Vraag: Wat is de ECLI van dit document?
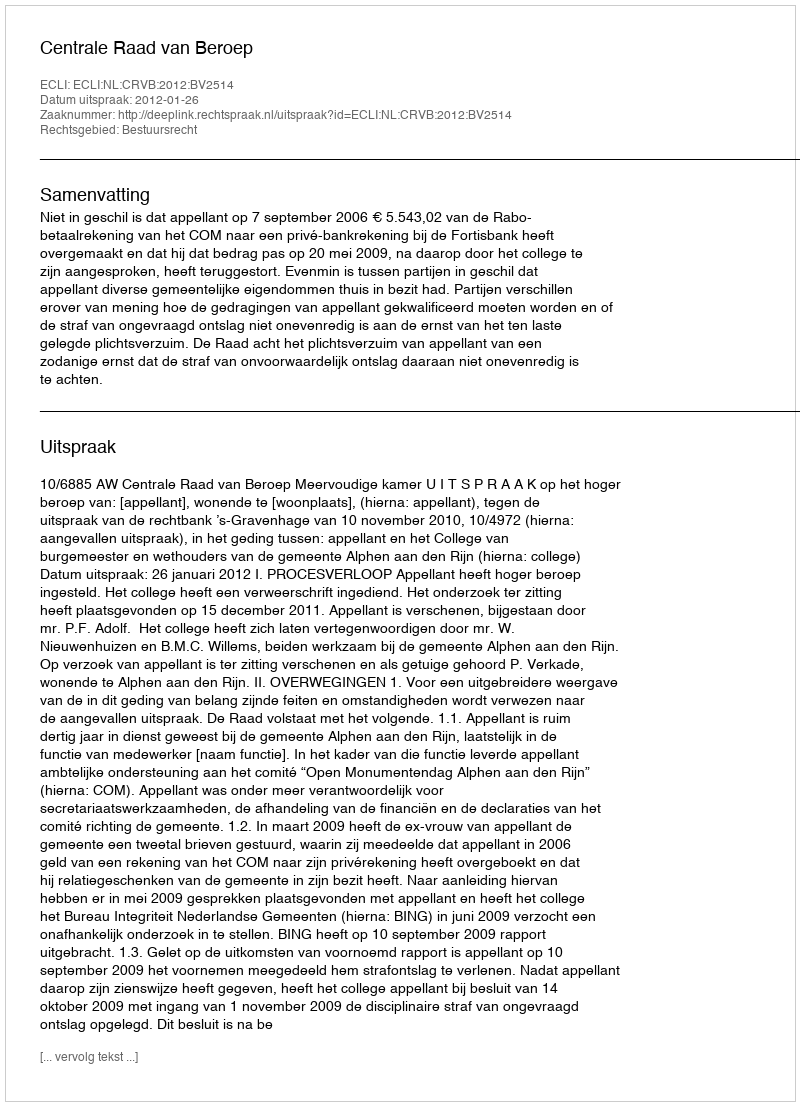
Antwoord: ECLI:NL:CRVB:2012:BV2514